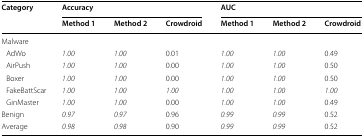
<table><thead><tr><td rowspan="2"><b>Category</b></td><td colspan="3"><b>Accuracy</b></td><td colspan="3"><b>AUC</b></td></tr><tr><td><b>Method 1</b></td><td><b>Method 2</b></td><td><b>Crowdroid</b></td><td><b>Method 1</b></td><td><b>Method 2</b></td><td><b>Crowdroid</b></td></tr></thead><tbody><tr><td>Malware</td><td></td><td></td><td></td><td></td><td></td><td></td></tr><tr><td> AdWo</td><td><i>1.00</i></td><td><i>1.00</i></td><td>0.01</td><td><i>1.00</i></td><td><i>1.00</i></td><td>0.49</td></tr><tr><td> AirPush</td><td><i>1.00</i></td><td><i>1.00</i></td><td>0.00</td><td><i>1.00</i></td><td><i>1.00</i></td><td>0.50</td></tr><tr><td> Boxer</td><td><i>1.00</i></td><td><i>1.00</i></td><td>0.00</td><td><i>1.00</i></td><td><i>1.00</i></td><td>0.50</td></tr><tr><td> FakeBattScar</td><td><i>1.00</i></td><td><i>1.00</i></td><td><i>1.00</i></td><td><i>1.00</i></td><td><i>1.00</i></td><td><i>1.00</i></td></tr><tr><td> GinMaster</td><td><i>1.00</i></td><td><i>1.00</i></td><td>0.00</td><td><i>1.00</i></td><td><i>1.00</i></td><td>0.49</td></tr><tr><td>Benign</td><td><i>0.97</i></td><td><i>0.97</i></td><td>0.96</td><td><i>0.99</i></td><td><i>0.99</i></td><td>0.52</td></tr><tr><td>Average</td><td><i>0.98</i></td><td><i>0.98</i></td><td>0.90</td><td><i>0.99</i></td><td><i>0.99</i></td><td>0.52</td></tr></tbody></table>